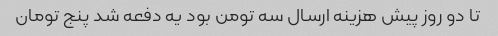
تا دو روز پیش هزینه ارسال سه تومن بود یه دفعه شد پنج تومان